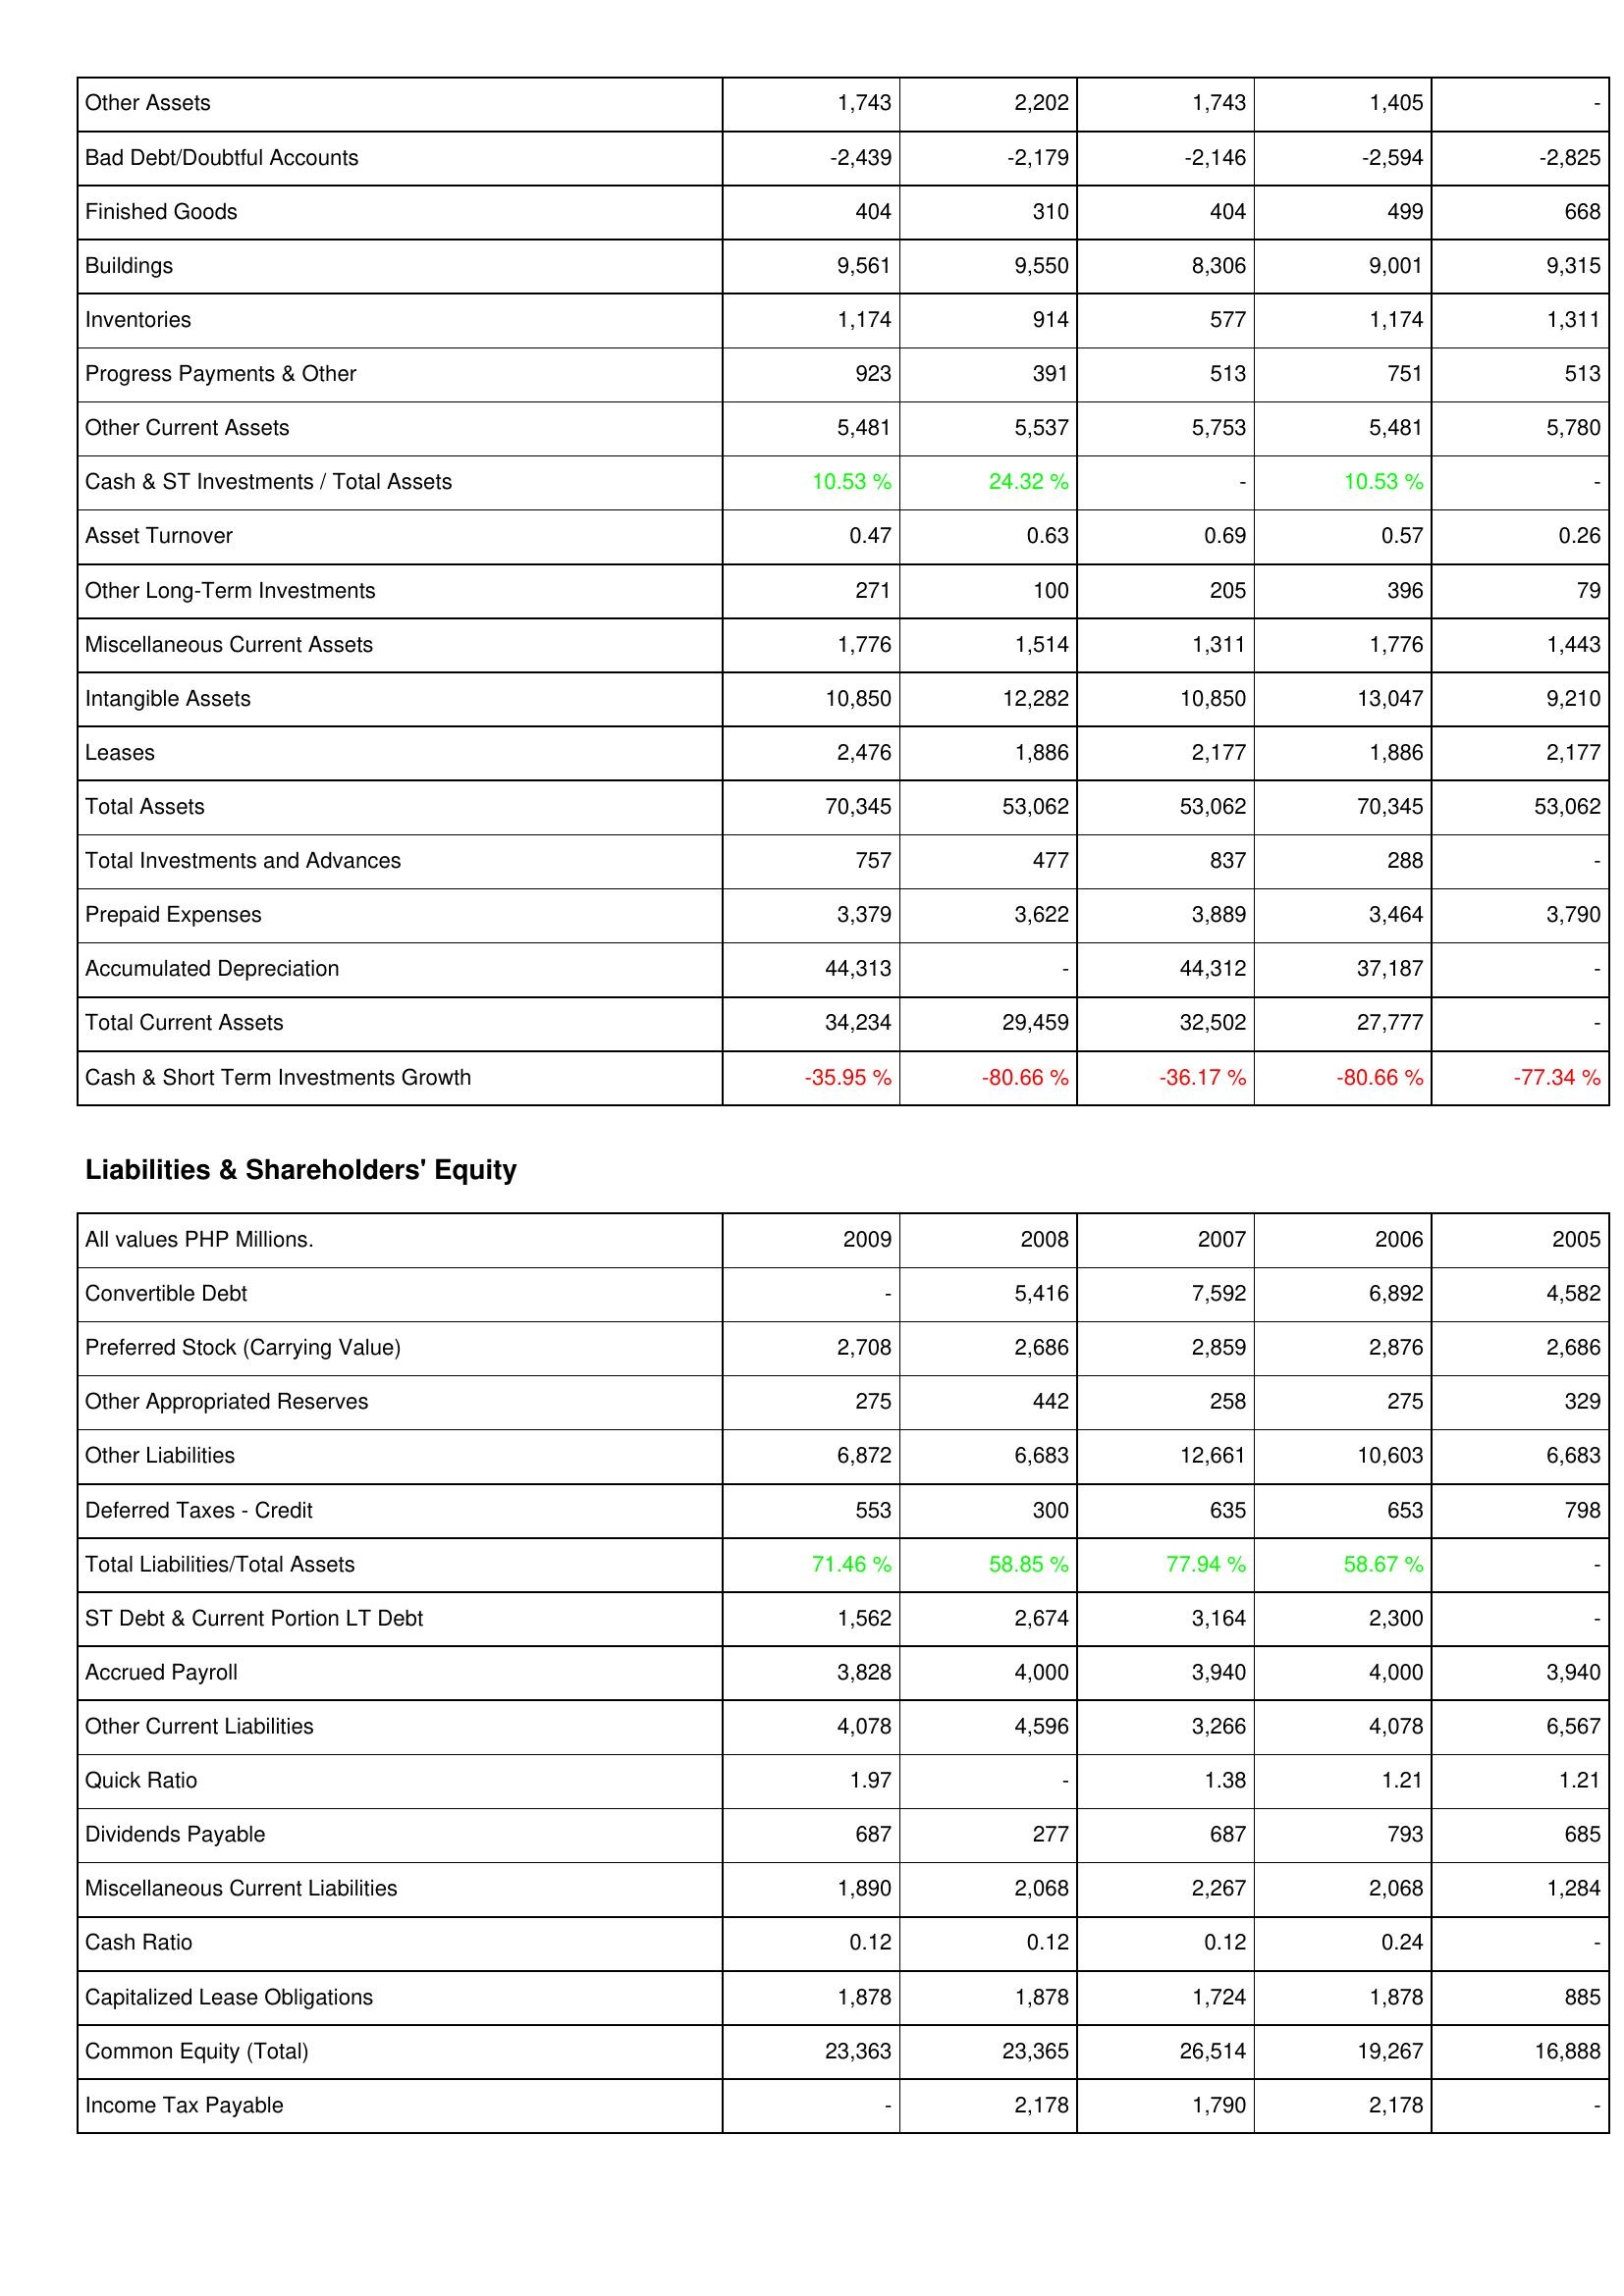
2009: Assets: Other Assets: 1,743
Bad Debt/Doubtful Accounts: -2,439
Finished Goods: 404
Buildings: 9,561
Inventories: 1,174
Progress Payments & Other: 923
Other Current Assets: 5,481
Cash & ST Investments / Total Assets: 10.53 %
Asset Turnover: 0.47
Other Long-Term Investments: 271
Miscellaneous Current Assets: 1,776
Intangible Assets: 10,850
Leases: 2,476
Total Assets: 70,345
Total Investments and Advances: 757
Prepaid Expenses: 3,379
Accumulated Depreciation: 44,313
Total Current Assets: 34,234
Cash & Short Term Investments Growth: -35.95 %
Liabilities & Shareholders' Equity: Convertible Debt: -
Preferred Stock (Carrying Value): 2,708
Other Appropriated Reserves: 275
Other Liabilities: 6,872
Deferred Taxes - Credit: 553
Total Liabilities/Total Assets: 71.46 %
ST Debt & Current Portion LT Debt: 1,562
Accrued Payroll: 3,828
Other Current Liabilities: 4,078
Quick Ratio: 1.97
Dividends Payable: 687
Miscellaneous Current Liabilities: 1,890
Cash Ratio: 0.12
Capitalized Lease Obligations: 1,878
Common Equity (Total): 23,363
Income Tax Payable: -
2008: Assets: Other Assets: 2,202
Bad Debt/Doubtful Accounts: -2,179
Finished Goods: 310
Buildings: 9,550
Inventories: 914
Progress Payments & Other: 391
Other Current Assets: 5,537
Cash & ST Investments / Total Assets: 24.32 %
Asset Turnover: 0.63
Other Long-Term Investments: 100
Miscellaneous Current Assets: 1,514
Intangible Assets: 12,282
Leases: 1,886
Total Assets: 53,062
Total Investments and Advances: 477
Prepaid Expenses: 3,622
Accumulated Depreciation: -
Total Current Assets: 29,459
Cash & Short Term Investments Growth: -80.66 %
Liabilities & Shareholders' Equity: Convertible Debt: 5,416
Preferred Stock (Carrying Value): 2,686
Other Appropriated Reserves: 442
Other Liabilities: 6,683
Deferred Taxes - Credit: 300
Total Liabilities/Total Assets: 58.85 %
ST Debt & Current Portion LT Debt: 2,674
Accrued Payroll: 4,000
Other Current Liabilities: 4,596
Quick Ratio: -
Dividends Payable: 277
Miscellaneous Current Liabilities: 2,068
Cash Ratio: 0.12
Capitalized Lease Obligations: 1,878
Common Equity (Total): 23,365
Income Tax Payable: 2,178
2007: Assets: Other Assets: 1,743
Bad Debt/Doubtful Accounts: -2,146
Finished Goods: 404
Buildings: 8,306
Inventories: 577
Progress Payments & Other: 513
Other Current Assets: 5,753
Cash & ST Investments / Total Assets: -
Asset Turnover: 0.69
Other Long-Term Investments: 205
Miscellaneous Current Assets: 1,311
Intangible Assets: 10,850
Leases: 2,177
Total Assets: 53,062
Total Investments and Advances: 837
Prepaid Expenses: 3,889
Accumulated Depreciation: 44,312
Total Current Assets: 32,502
Cash & Short Term Investments Growth: -36.17 %
Liabilities & Shareholders' Equity: Convertible Debt: 7,592
Preferred Stock (Carrying Value): 2,859
Other Appropriated Reserves: 258
Other Liabilities: 12,661
Deferred Taxes - Credit: 635
Total Liabilities/Total Assets: 77.94 %
ST Debt & Current Portion LT Debt: 3,164
Accrued Payroll: 3,940
Other Current Liabilities: 3,266
Quick Ratio: 1.38
Dividends Payable: 687
Miscellaneous Current Liabilities: 2,267
Cash Ratio: 0.12
Capitalized Lease Obligations: 1,724
Common Equity (Total): 26,514
Income Tax Payable: 1,790
2006: Assets: Other Assets: 1,405
Bad Debt/Doubtful Accounts: -2,594
Finished Goods: 499
Buildings: 9,001
Inventories: 1,174
Progress Payments & Other: 751
Other Current Assets: 5,481
Cash & ST Investments / Total Assets: 10.53 %
Asset Turnover: 0.57
Other Long-Term Investments: 396
Miscellaneous Current Assets: 1,776
Intangible Assets: 13,047
Leases: 1,886
Total Assets: 70,345
Total Investments and Advances: 288
Prepaid Expenses: 3,464
Accumulated Depreciation: 37,187
Total Current Assets: 27,777
Cash & Short Term Investments Growth: -80.66 %
Liabilities & Shareholders' Equity: Convertible Debt: 6,892
Preferred Stock (Carrying Value): 2,876
Other Appropriated Reserves: 275
Other Liabilities: 10,603
Deferred Taxes - Credit: 653
Total Liabilities/Total Assets: 58.67 %
ST Debt & Current Portion LT Debt: 2,300
Accrued Payroll: 4,000
Other Current Liabilities: 4,078
Quick Ratio: 1.21
Dividends Payable: 793
Miscellaneous Current Liabilities: 2,068
Cash Ratio: 0.24
Capitalized Lease Obligations: 1,878
Common Equity (Total): 19,267
Income Tax Payable: 2,178
2005: Assets: Other Assets: -
Bad Debt/Doubtful Accounts: -2,825
Finished Goods: 668
Buildings: 9,315
Inventories: 1,311
Progress Payments & Other: 513
Other Current Assets: 5,780
Cash & ST Investments / Total Assets: -
Asset Turnover: 0.26
Other Long-Term Investments: 79
Miscellaneous Current Assets: 1,443
Intangible Assets: 9,210
Leases: 2,177
Total Assets: 53,062
Total Investments and Advances: -
Prepaid Expenses: 3,790
Accumulated Depreciation: -
Total Current Assets: -
Cash & Short Term Investments Growth: -77.34 %
Liabilities & Shareholders' Equity: Convertible Debt: 4,582
Preferred Stock (Carrying Value): 2,686
Other Appropriated Reserves: 329
Other Liabilities: 6,683
Deferred Taxes - Credit: 798
Total Liabilities/Total Assets: -
ST Debt & Current Portion LT Debt: -
Accrued Payroll: 3,940
Other Current Liabilities: 6,567
Quick Ratio: 1.21
Dividends Payable: 685
Miscellaneous Current Liabilities: 1,284
Cash Ratio: -
Capitalized Lease Obligations: 885
Common Equity (Total): 16,888
Income Tax Payable: -